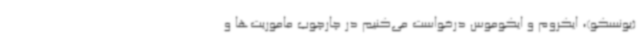
(یونسکو)، ایکروم و ایکوموس درخواست می‌کنیم در چارچوب ماموریت‌ها و